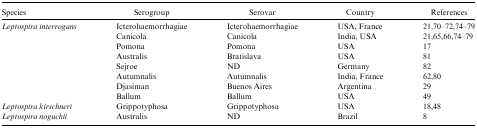
| Species | Serogroup | Serovar | Country | References |
 | --- | --- | --- | --- | --- |
 | Leptospira interrogans | Icterohaemorrhagiae | Icterohaemorrhagiae | USA, France | 21,70–72,74–79 |
 |  | Canicola | Canicola | India, USA | 21,65,66,74–79 |
 |  | Pomona | Pomona | USA | 17 |
 |  | Australis | Bratislava | USA | 81 |
 |  | Sejroe | ND | Germany | 82 |
 |  | Autumnalis | Autumnalis | India, France | 62,80 |
 |  | Djasiman | Buenos Aires | Argentina | 29 |
 |  | Ballum | Ballum | USA | 49 |
 | Leptospira kirschneri | Grippotyphosa | Grippotyphosa | USA | 18,48 |
 | Leptospira noguchii | Australis | ND | Brazil | 8 |